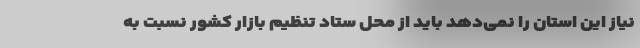
نیاز این استان را نمی‌دهد باید از محل ستاد تنظیم بازار کشور نسبت به